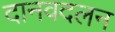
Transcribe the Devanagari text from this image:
दानवदलन